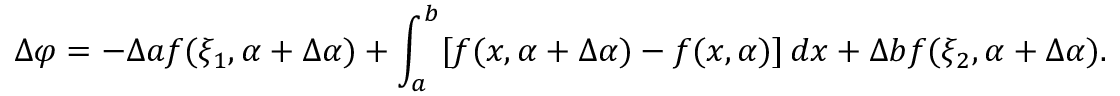
\Delta \varphi = - \Delta a f ( \xi _ { 1 } , \alpha + \Delta \alpha ) + \int _ { a } ^ { b } [ f ( x , \alpha + \Delta \alpha ) - f ( x , \alpha ) ] \, d x + \Delta b f ( \xi _ { 2 } , \alpha + \Delta \alpha ) .